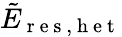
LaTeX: \tilde{E}_{\mathrm{~r~e~s~,~h~e~t~}}